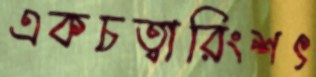
একচত্বারিংশৎ